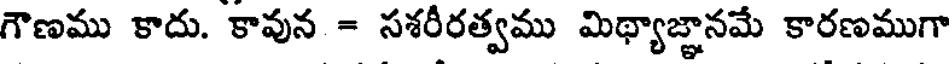
గౌణము కాదు. కావున = సశరీరత్వము మిథ్యాజ్ఞానమే కారణముగా